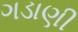
ગડાણી